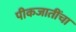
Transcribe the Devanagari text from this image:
पीकजातींचा